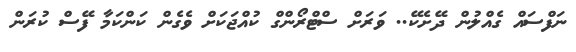
ނަފްސައް ގެއްލުން ދޭށެކޭ.. ވަރަށް ސްޓްރޯންގް ކުއްޖަކަށް ވެގެން ކަންކަމާ ފޭސް ކުރަން